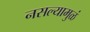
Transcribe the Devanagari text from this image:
नसल्यामुळं